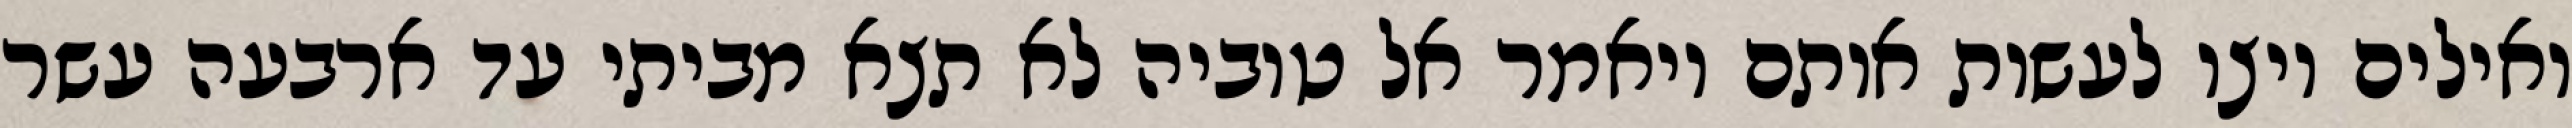
ואילים ויצו לעשות אותם ויאמר אל טוביה לא תצא מביתי עד ארבעה עשר